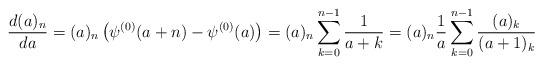
LaTeX: \begin{align*}\frac{d (a)_n}{d a} = (a)_n \left(\psi ^{(0)}(a+n)-\psi ^{(0)}(a) \right) = (a)_{n} \sum_{k=0}^{n-1} \frac{1}{a+k}=(a)_{n} \frac{1}{a} \sum_{k=0}^{n-1} \frac{(a)_{k}}{(a+1)_{k}}\end{align*}